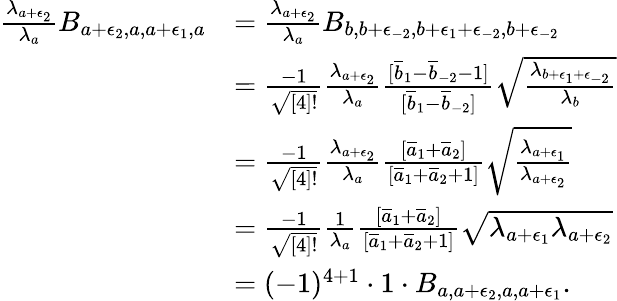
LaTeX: \begin{array}{rl}{\frac{\lambda_{a+\epsilon_{2}}}{\lambda_{a}}B_{a+\epsilon_{2},a,a+\epsilon_{1},a}}&{=\frac{\lambda_{a+\epsilon_{2}}}{\lambda_{a}}B_{b,b+\epsilon_{-2},b+\epsilon_{1}+\epsilon_{-2},b+\epsilon_{-2}}}\\ &{=\frac{-1}{\sqrt{[4]!}}\frac{\lambda_{a+\epsilon_{2}}}{\lambda_{a}}\frac{[\overline{{b}}_{1}-\overline{{b}}_{-2}-1]}{[\overline{{b}}_{1}-\overline{{b}}_{-2}]}\sqrt{\frac{\lambda_{b+\epsilon_{1}+\epsilon_{-2}}}{\lambda_{b}}}}\\ &{=\frac{-1}{\sqrt{[4]!}}\frac{\lambda_{a+\epsilon_{2}}}{\lambda_{a}}\frac{[\overline{{a}}_{1}+\overline{{a}}_{2}]}{[\overline{{a}}_{1}+\overline{{a}}_{2}+1]}\sqrt{\frac{\lambda_{a+\epsilon_{1}}}{\lambda_{a+\epsilon_{2}}}}}\\ &{=\frac{-1}{\sqrt{[4]!}}\frac{1}{\lambda_{a}}\frac{[\overline{{a}}_{1}+\overline{{a}}_{2}]}{[\overline{{a}}_{1}+\overline{{a}}_{2}+1]}\sqrt{\lambda_{a+\epsilon_{1}}\lambda_{a+\epsilon_{2}}}}\\ &{=(-1)^{4+1}\cdot 1\cdot B_{a,a+\epsilon_{2},a,a+\epsilon_{1}}.}\end{array}